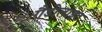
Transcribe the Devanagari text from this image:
गैडोलाइट